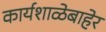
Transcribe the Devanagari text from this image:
कार्यशाळेबाहेर